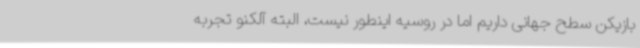
بازیکن سطح جهانی داریم اما در روسیه اینطور نیست، البته آلکنو تجربه